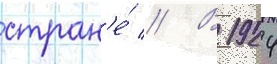
стран'е́ // В 1924